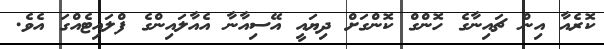
ކޮރެއާ އިން ޗައިނާގެ ހޮންގް ކޮންގަށް ދިޔައީ އޭސިއާނާ އެއާލައިންގެ ފްލައިޓެއްގަ އެވެ.